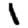
Digit: 1